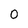
Character: 0